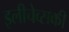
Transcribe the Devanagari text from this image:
इलीचेव्सकी